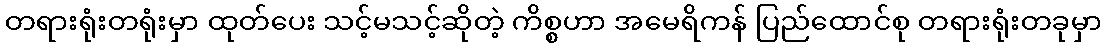
တရားရုံးတရုံးမှာ ထုတ်ပေး သင့်မသင့်ဆိုတဲ့ ကိစ္စဟာ အမေရိကန် ပြည်ထောင်စု တရားရုံးတခုမှာ